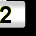
Digit: 2